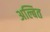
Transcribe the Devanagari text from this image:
अल्बित